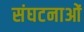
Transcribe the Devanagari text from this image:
संघटनाओं